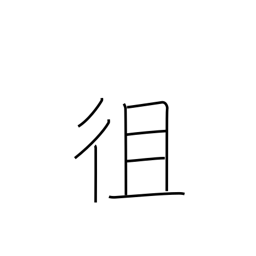
Meaning: go